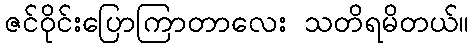
ဇင်ဝိုင်းပြောကြာတာလေး သတိရမိတယ်။